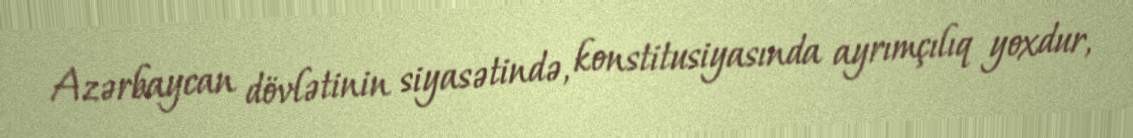
Azərbaycan dövlətinin siyasətində, konstitusiyasında ayrımçılıq yoxdur,